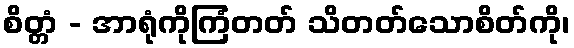
စိတ္တံ - အာရုံကိုကြံတတ် သိတတ်သောစိတ်ကို၊